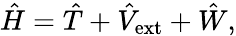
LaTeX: \hat{H}=\hat{T}+\hat{V}_{\mathrm{ext}}+\hat{W},